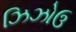
ઝિઝોઉ